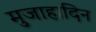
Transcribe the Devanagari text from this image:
मुजाहादिन